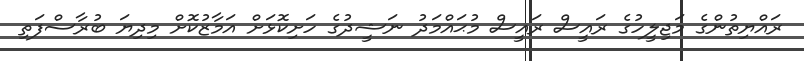
ރައްޔިތުންގެ މަޖިލީހުގެ ރައީސް ރައީސް މުޙައްމަދު ނަޝީދުގެ ހަށިކޮޅަށް އަމާޒުކޮށް މިދިޔަ ބުރާސްފަތި